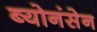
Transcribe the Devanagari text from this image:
ब्योनंसेन